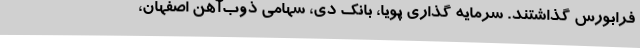
فرابورس گذاشتند. سرمایه‌ گذاری پویا، بانک دی، سهامی ذوب‌آهن اصفهان،